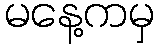
မနေ့ကမှ